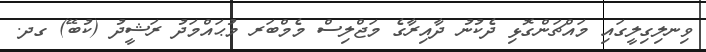
ވިނލިގިލީގައި މައްޗަންގޮޅި ދެކުނު ދާއިރާގެ މަޖްލިސް މެމްބަރ މުޙައްމަދު ރަޝީދު (ކުބޭ) ގދ.